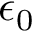
\epsilon _ { 0 }